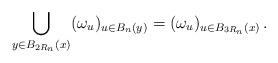
LaTeX: \begin{align*}\bigcup_{y \in B_{2 R_n}(x)} (\omega_u)_{u \in B_n(y)} = (\omega_u)_{u \in B_{3R_n}(x)} \, .\end{align*}